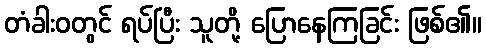
တံခါးဝတွင် ရပ်ပြီး သူတို့ ပြောနေကြခြင်း ဖြစ်၏။